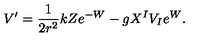
V ^ { \prime } = \frac { 1 } { 2 r ^ { 2 } } k Z e ^ { - W } - g X ^ { I } V _ { I } e ^ { W } .